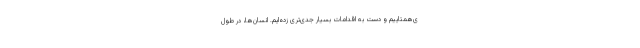
ی‌همتاییم و دست به اقدامات بسیار جدی‌تری زده‌ایم. انسان‌ها، در طول